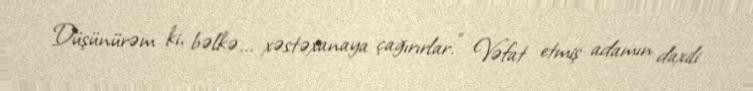
Düşünürəm ki, bəlkə... xəstəxanaya çağırırlar.” Vəfat etmiş adamın daxili